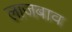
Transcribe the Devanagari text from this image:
लाजबाव